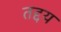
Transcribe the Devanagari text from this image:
तद्दय